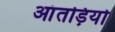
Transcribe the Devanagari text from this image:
आंतड़ियो